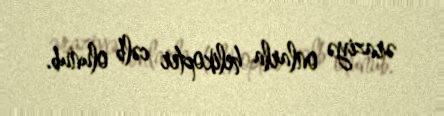
əraziyə onlarla helikopter cəlb olunub.